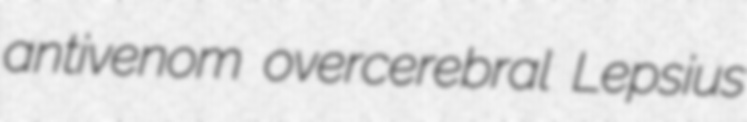
antivenom overcerebral Lepsius